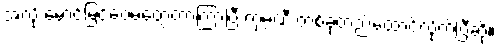
အလို မောင်မြင့်ဝေမတွေ့တာကြာပြီ ကုမ္ပဏီ တစ်ခုတည်ထောင်လိုက်ပြီဆို။